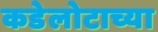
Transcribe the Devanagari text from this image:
कडेलोटाच्या